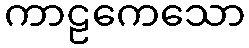
ကာဠကေသော